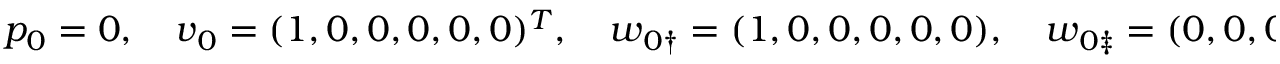
p _ { 0 } = 0 , \quad \boldsymbol { v } _ { 0 } = ( 1 , 0 , 0 , 0 , 0 , 0 ) ^ { T } , \quad \boldsymbol { w } _ { 0 \dag } = ( 1 , 0 , 0 , 0 , 0 , 0 ) , \quad \boldsymbol { w } _ { 0 \ddag } = ( 0 , 0 , 0 , 1 , 0 , 0 ) ,